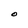
Character: O